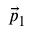
\scriptstyle { \vec { p } } _ { 1 }